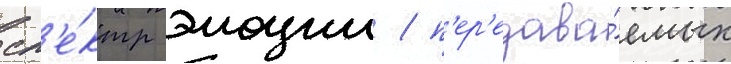
сп'е́ктр эмоции / п'ер'едава́емых